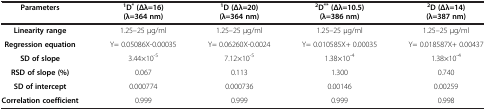
| Parameters | 1D*(Δλ=16) (λ=364 nm) | 1D (Δλ=20) (λ=364 nm) | 2D**(Δλ=10.5) (λ=386 nm) | 2D (Δλ=14) (λ=387 nm) |
 | --- | --- | --- | --- | --- |
 | Linearity range | 1.25–25 μg/ml | 1.25–25 μg/ml | 1.25–25 μg/ml | 1.25–25 μg/ml |
 | Regression equation | Y= 0.05086X-0.00035 | Y= 0.06260X-0.0024 | Y= 0.010585X+ 0.00035 | Y= 0.018587X+ 0.00437 |
 | SD of slope | 3.44×10-5 | 7.12×10-5 | 1.38×10-4 | 1.38×10-4 |
 | RSD of slope (%) | 0.067 | 0.113 | 1.300 | 0.740 |
 | SD of intercept | 0.000774 | 0.000736 | 0.00146 | 0.00259 |
 | Correlation coefficient | 0.999 | 0.999 | 0.999 | 0.998 |